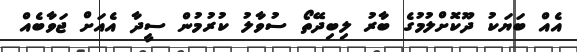
އެއް ބަޔަކު ދޫކޮށްލުމުގެ ބާރު ލިބިދޭތޯ ސުވާލު ކުރުމުން ސީދާ އެއަށް ޖަވާބެއް